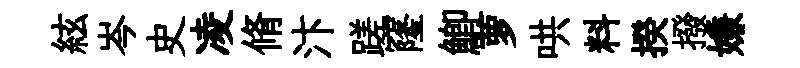
絃岑史凌脩汴蹉窿鯽萝哄料揆撥嫌